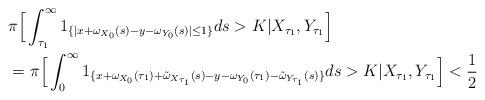
LaTeX: \begin{align*}\begin{aligned}&\pi\Big[\int_{\tau_1}^\infty 1_{\{|x+\omega_{X_0}(s)-y-\omega_{Y_0}(s)|\leq 1\}}ds >K |X_{\tau_1},Y_{\tau_1}\Big]\\&=\pi\Big[\int_0^\infty 1_{\{x+\omega_{X_0}(\tau_1)+\tilde{\omega}_{X_{\tau_1}}(s)-y-\omega_{Y_0}(\tau_1)-\tilde{\omega}_{Y_{\tau_1}}(s)\}}ds>K|X_{\tau_1},Y_{\tau_1}\Big]<\frac12\end{aligned}\end{align*}